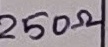
Text: 250Ω